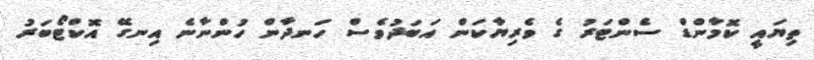
ތިޔައީ ކޮމާންޑް ސެންޓަރު ގެ ވެރިޔާކަން އަބަދުވެސް ހަނދާން ހުންނާނެ އިނގޭ އޮކްޓޯބަރު